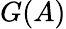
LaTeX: G(A)